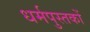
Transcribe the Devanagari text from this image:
धर्मपुस्तकों